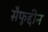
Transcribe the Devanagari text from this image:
सैफूद्दीन